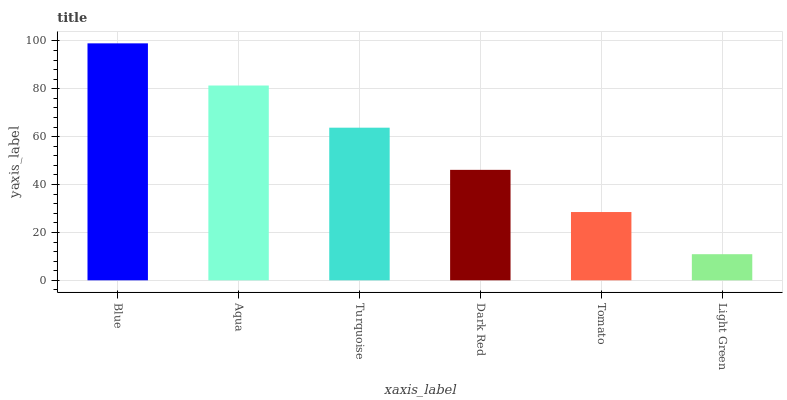
| xaxis_label | bars |
 | --- | --- |
 | Blue | 99 |
 | Aqua | 81.4 |
 | Turquoise | 63.8 |
 | Dark Red | 46.1 |
 | Tomato | 28.5 |
 | Light Green | 10.9 |